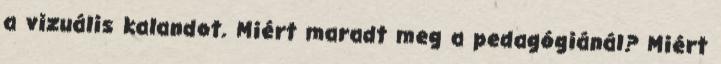
a vizuális kalandot. Miért maradt meg a pedagógiánál? Miért